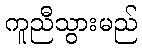
ကူညီသွားမည်